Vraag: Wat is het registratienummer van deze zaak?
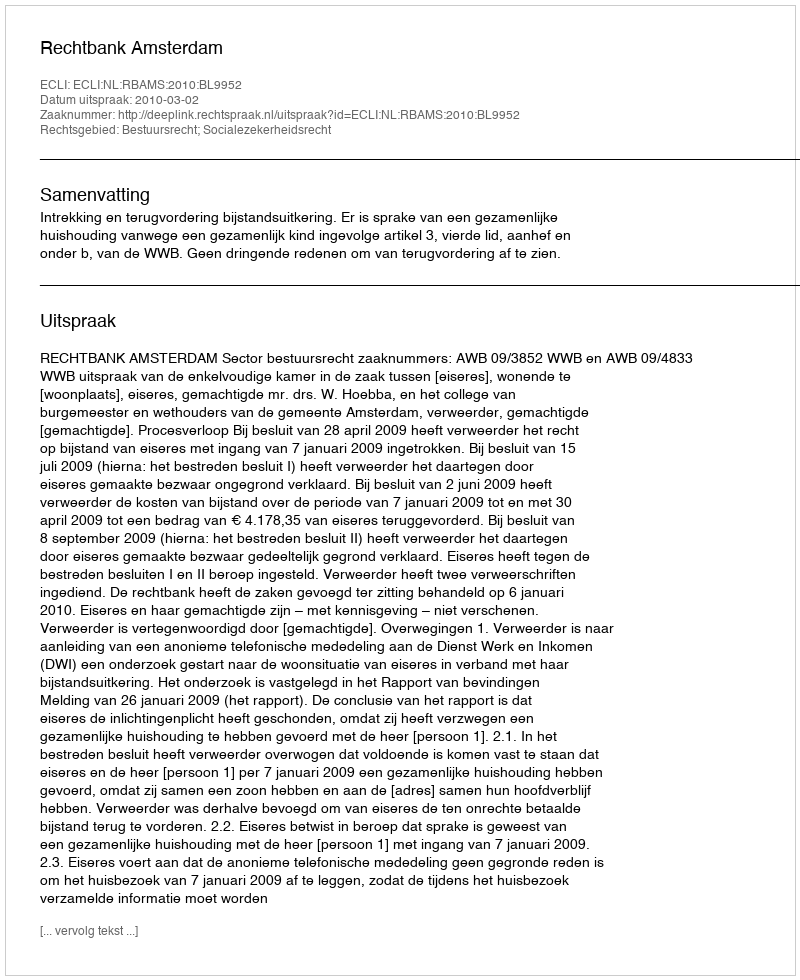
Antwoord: http://deeplink.rechtspraak.nl/uitspraak?id=ECLI:NL:RBAMS:2010:BL9952